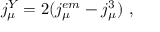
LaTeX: j _ { \mu } ^ { Y } = 2 ( j _ { \mu } ^ { e m } - j _ { \mu } ^ { 3 } ) ~ ,